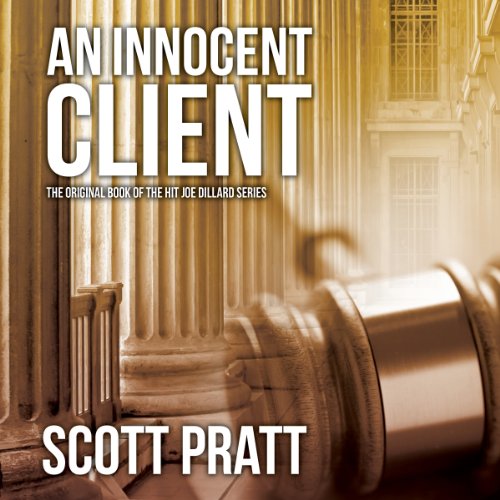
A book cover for An Innocent Client: Joe Dillard, Book 1; Scott Pratt; Mystery, Thriller & Suspense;